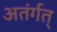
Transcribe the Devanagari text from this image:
अतंर्गत्